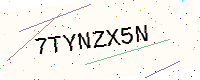
Text: 7TYNZX5N